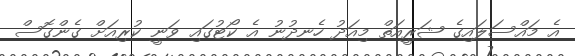
އެ މައްސަލައިގެ ޝަރީއަތް މިއަދު ހެނދުނު އެ ކޯޓުގައި ވަނީ ކުރިއަށް ގެންގޮސް